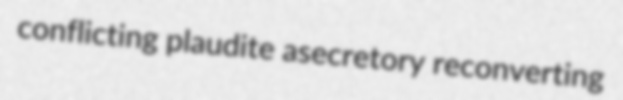
conflicting plaudite asecretory reconverting